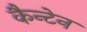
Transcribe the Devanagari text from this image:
कैन्टेन